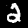
Label: 2